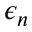
\epsilon _ { n }